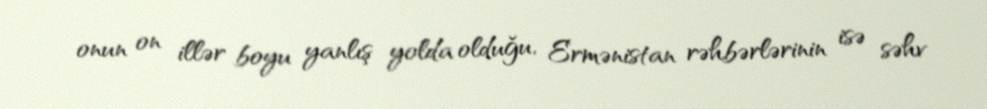
onun on illər boyu yanlış yolda olduğu, Ermənistan rəhbərlərinin isə səhv